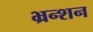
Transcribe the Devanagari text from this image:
भ्रन्शन